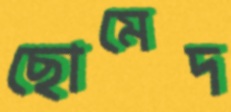
ছোমেদ